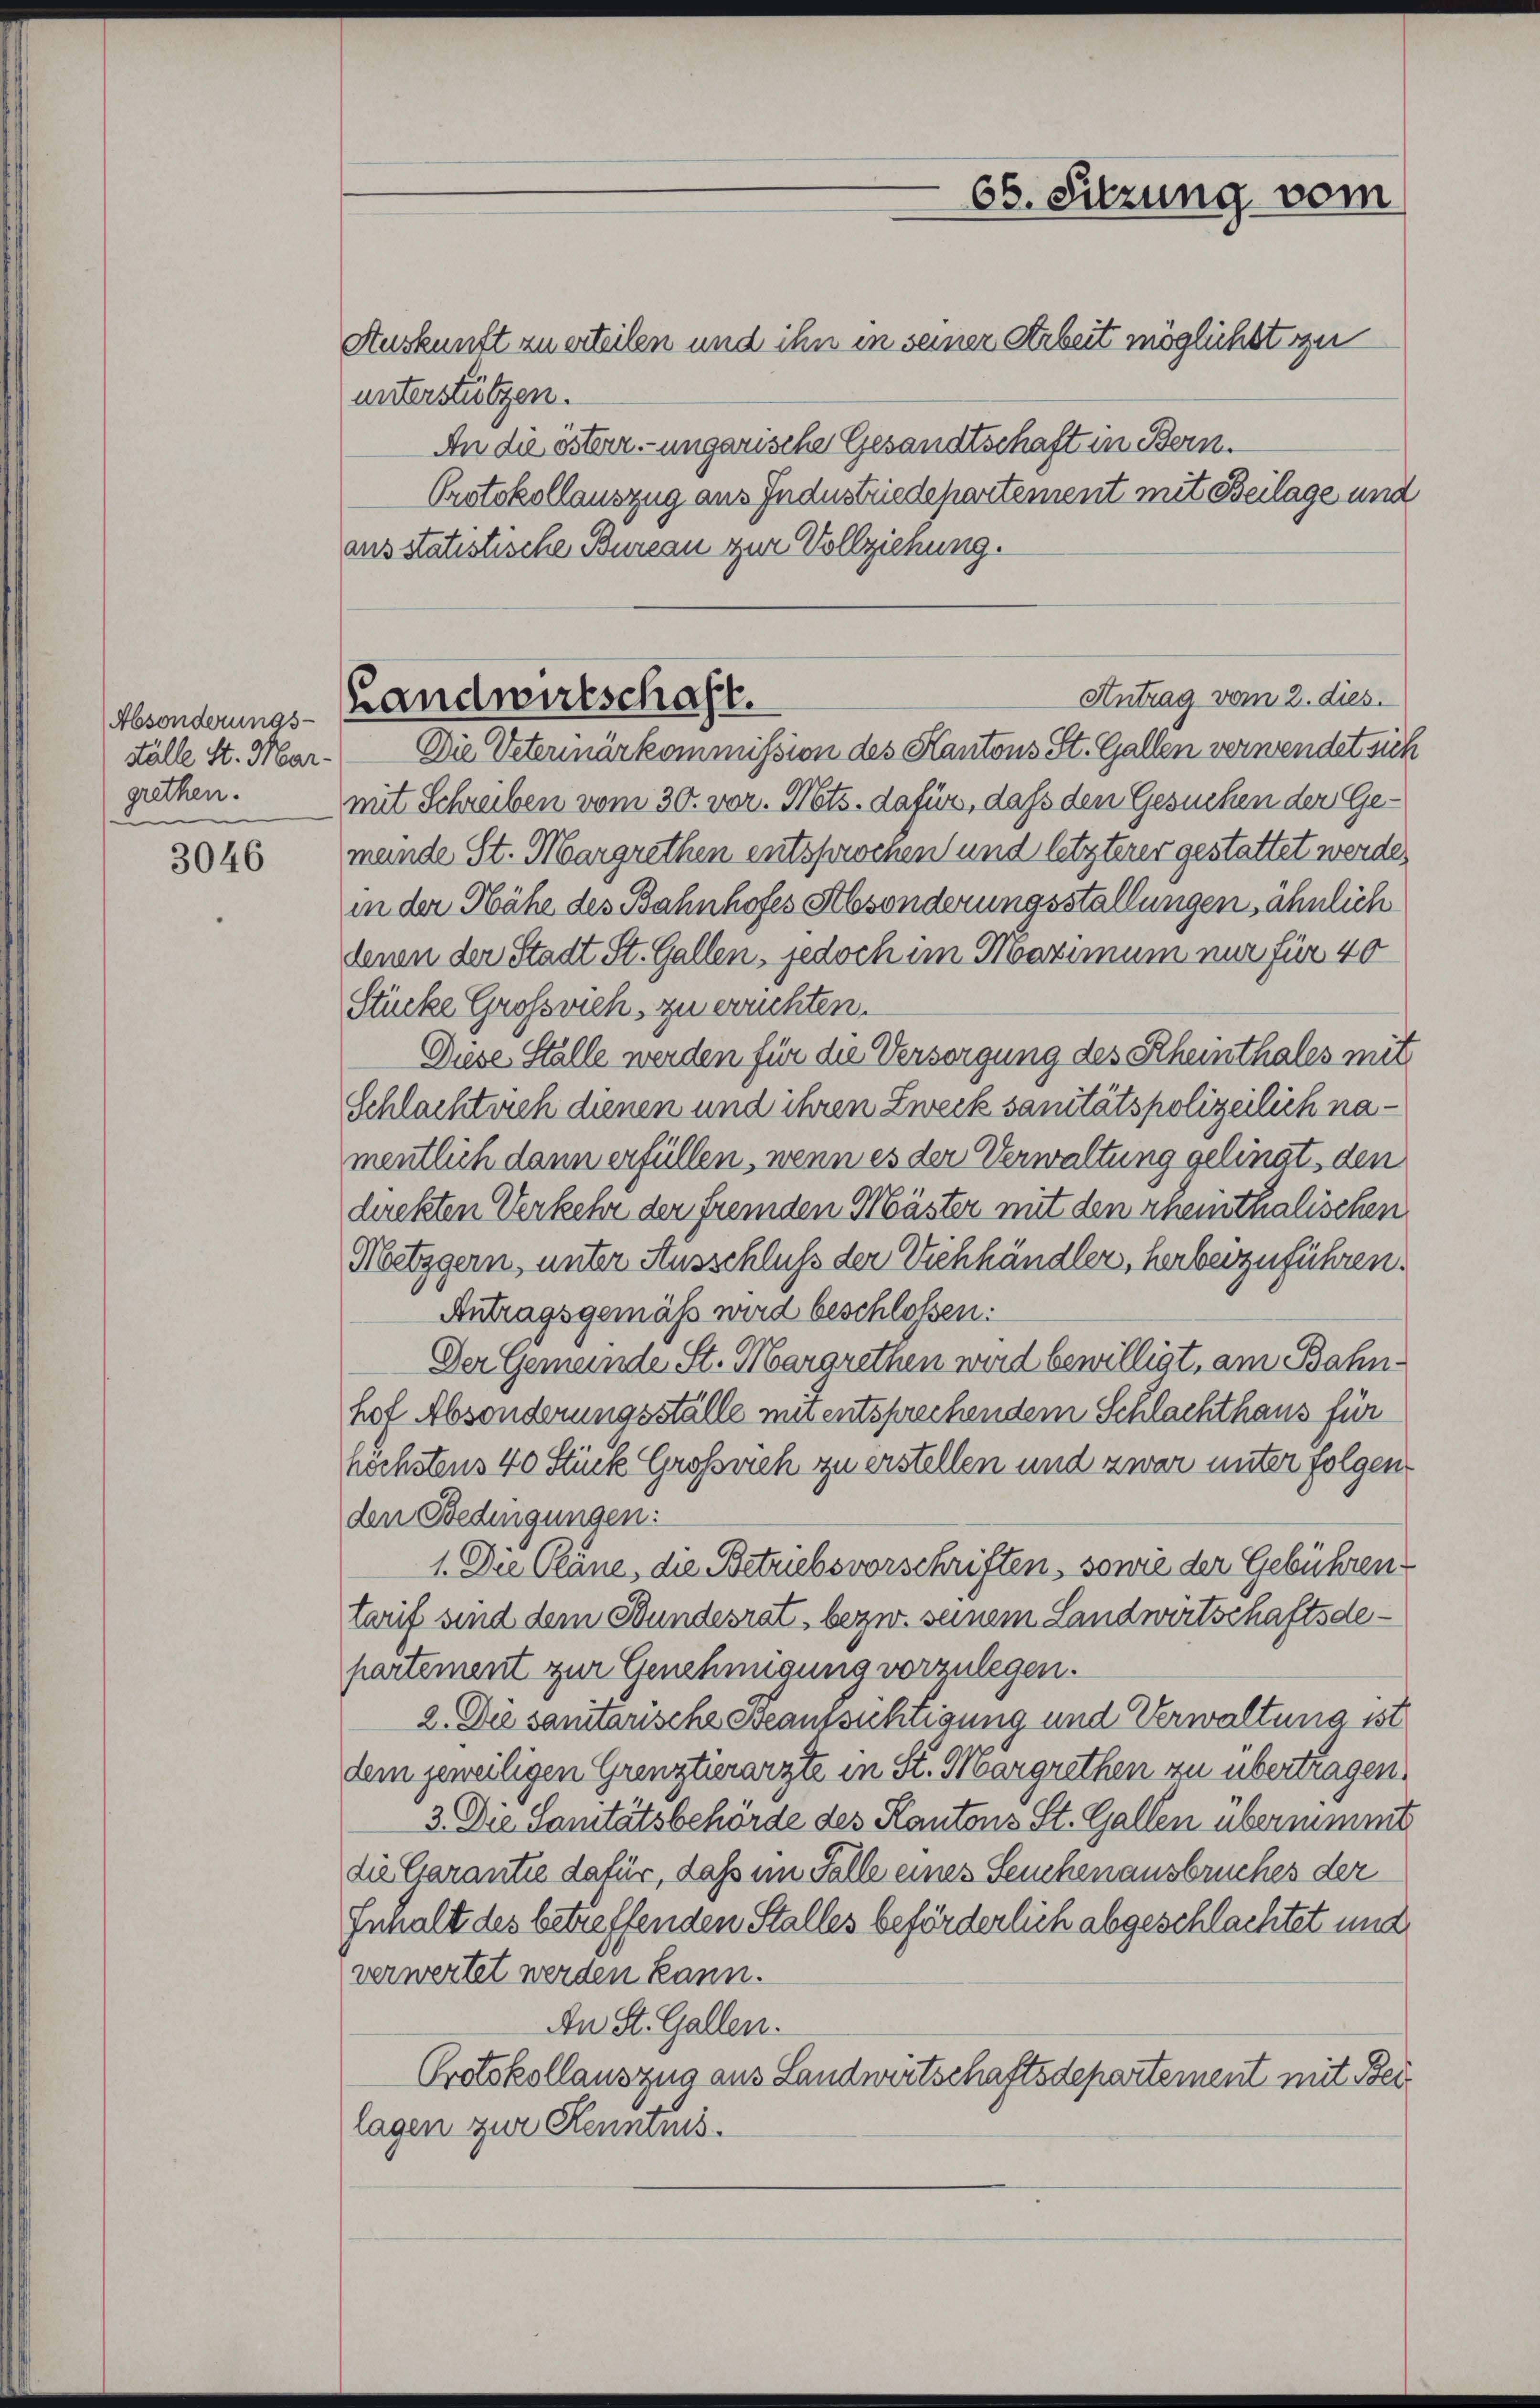
Absonderungs-
Ställe St. Mar-
grethen.
e

3046

Landwirtschaft.

Auskunft zu erteilen und ihn in seiner Arbeit möglichst zu
unterstützen.
An die österr. ungarische Gesandtschaft in Bern.
ausstatistische Bureau zur Vollziehung.

66. Sitzung vom
Protokollauszug aus Industriedepartement mit Beilage und

Die Veterinärkommission des Kantons St. Gallen verwendet sich
mit Schreiben vom 30. vor. Mts. dafür, daß den Gesuchen der Gemände St. Margrethen entsprochen und letzterer gestattet werde,
in der Hähe des Bahnhofes Absonderungsstellungen, ähnlich
denen der Stadt St. Gallen, jedoch im Maximum nur für 40
Stücke Großvieh, zu eruchten.
Diese Ställe werden für die Versorgung des Scheinthales mit
Schlachtrich dienen und ihren Zweck sanitätspolizeilich namentlich dann erfüllen, wenn es der Verwaltung gelingt, den
direkten Verkehr der fremden Mäster mit den rheinthalischen
Metzgern, unter Ausschluß der Eichhändler, herbeizuführen.
Antragsgemäß wird beschlossen:
Der Gemeinde St. Margrethen wird bewilligt, am Bahnhof Absonderungsställe mit entsprechendem Schlachthaus für
höchstens 40 Stück Großvieh zu erstellen und zwar unter folgen
den Bedingungen:
1. Die Pläne, die Betriebsvorschriften, sowie der Gebühren
tarif sind dem Bundesrat, bezw. seinem Landwirtschaftsdepartement zur Genehmigung vorzulegen.
2. Die sanitarische Beaussichtigung und Verwaltung ist
dem jeweiligen Grenztierarzte in St. Margrethen zu übertragen.
3. Die Sanitätsbehörde des Kantons St. Gallen übernimmt
die Garantie dafür, daß im Falle eines Leuchenausbruches der
Inhalt des betreffenden Stalles beförderlich abgeschlachtet und
verwertet werden kann.
An St. Gallen.
Protokollauszug aus Landwirtschaftsdepartement mit Beilagen zur Kenntnis.

Antrag vom 2. dies.